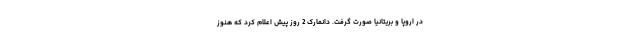
در اروپا و بریتانیا صورت گرفت. دانمارک 2 روز پیش اعلام کرد که هنوز